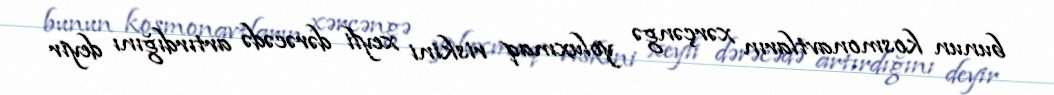
bunun kosmonavtların xərçəngə yoluxmaq riskini xeyli dərəcədə artırdığını deyir